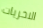
الاخريات